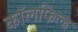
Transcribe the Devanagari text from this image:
कॉलफिल्ड